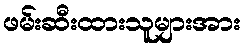
ဖမ်းဆီးထားသူများအား